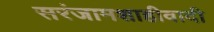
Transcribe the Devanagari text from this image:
सरंजामशाहीवादी